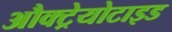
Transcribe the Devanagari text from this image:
औक्ट्रेयोटाइड